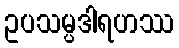
ဥပသမ္ပဒါရဟဿ